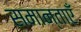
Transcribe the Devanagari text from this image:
समान्ताएँ